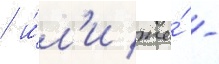
/ и́л'и же́ -